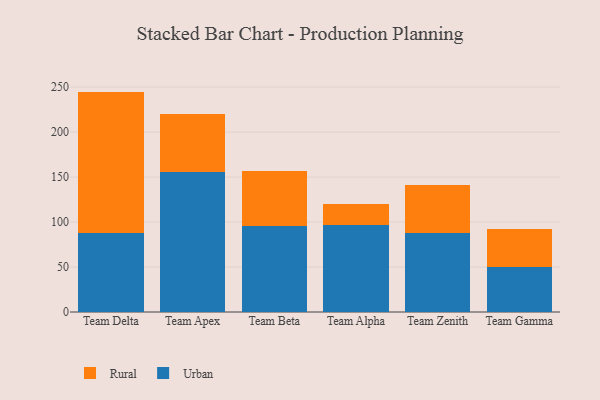
{"axis": {"x": "Team", "y": "Customer Acquisition Cost (USD)"}, "legend": ["Rural", "Urban"], "data": [{"x": "Team Delta", "y": 88.0, "type": "Urban"}, {"x": "Team Delta", "y": 157.0, "type": "Rural"}, {"x": "Team Apex", "y": 155.9, "type": "Urban"}, {"x": "Team Apex", "y": 64.4, "type": "Rural"}, {"x": "Team Beta", "y": 96.1, "type": "Urban"}, {"x": "Team Beta", "y": 60.8, "type": "Rural"}, {"x": "Team Alpha", "y": 97.2, "type": "Urban"}, {"x": "Team Alpha", "y": 22.7, "type": "Rural"}, {"x": "Team Zenith", "y": 88.1, "type": "Urban"}, {"x": "Team Zenith", "y": 52.6, "type": "Rural"}, {"x": "Team Gamma", "y": 50.0, "type": "Urban"}, {"x": "Team Gamma", "y": 42.1, "type": "Rural"}]}